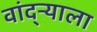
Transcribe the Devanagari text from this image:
वांद्‌ऱ्याला